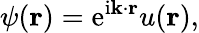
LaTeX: \psi(\mathbf{r})=\mathrm{e}^{\mathrm{i}\mathbf{k}\cdot\mathbf{r}}u(\mathbf{r}),